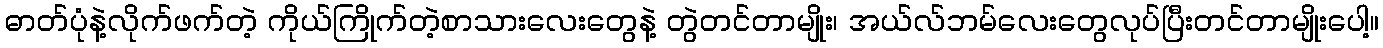
ဓာတ်ပုံနဲ့လိုက်ဖက်တဲ့ ကိုယ်ကြိုက်တဲ့စာသားလေးတွေနဲ့ တွဲတင်တာမျိုး၊ အယ်လ်ဘမ်လေးတွေလုပ်ပြီးတင်တာမျိုးပေါ့။